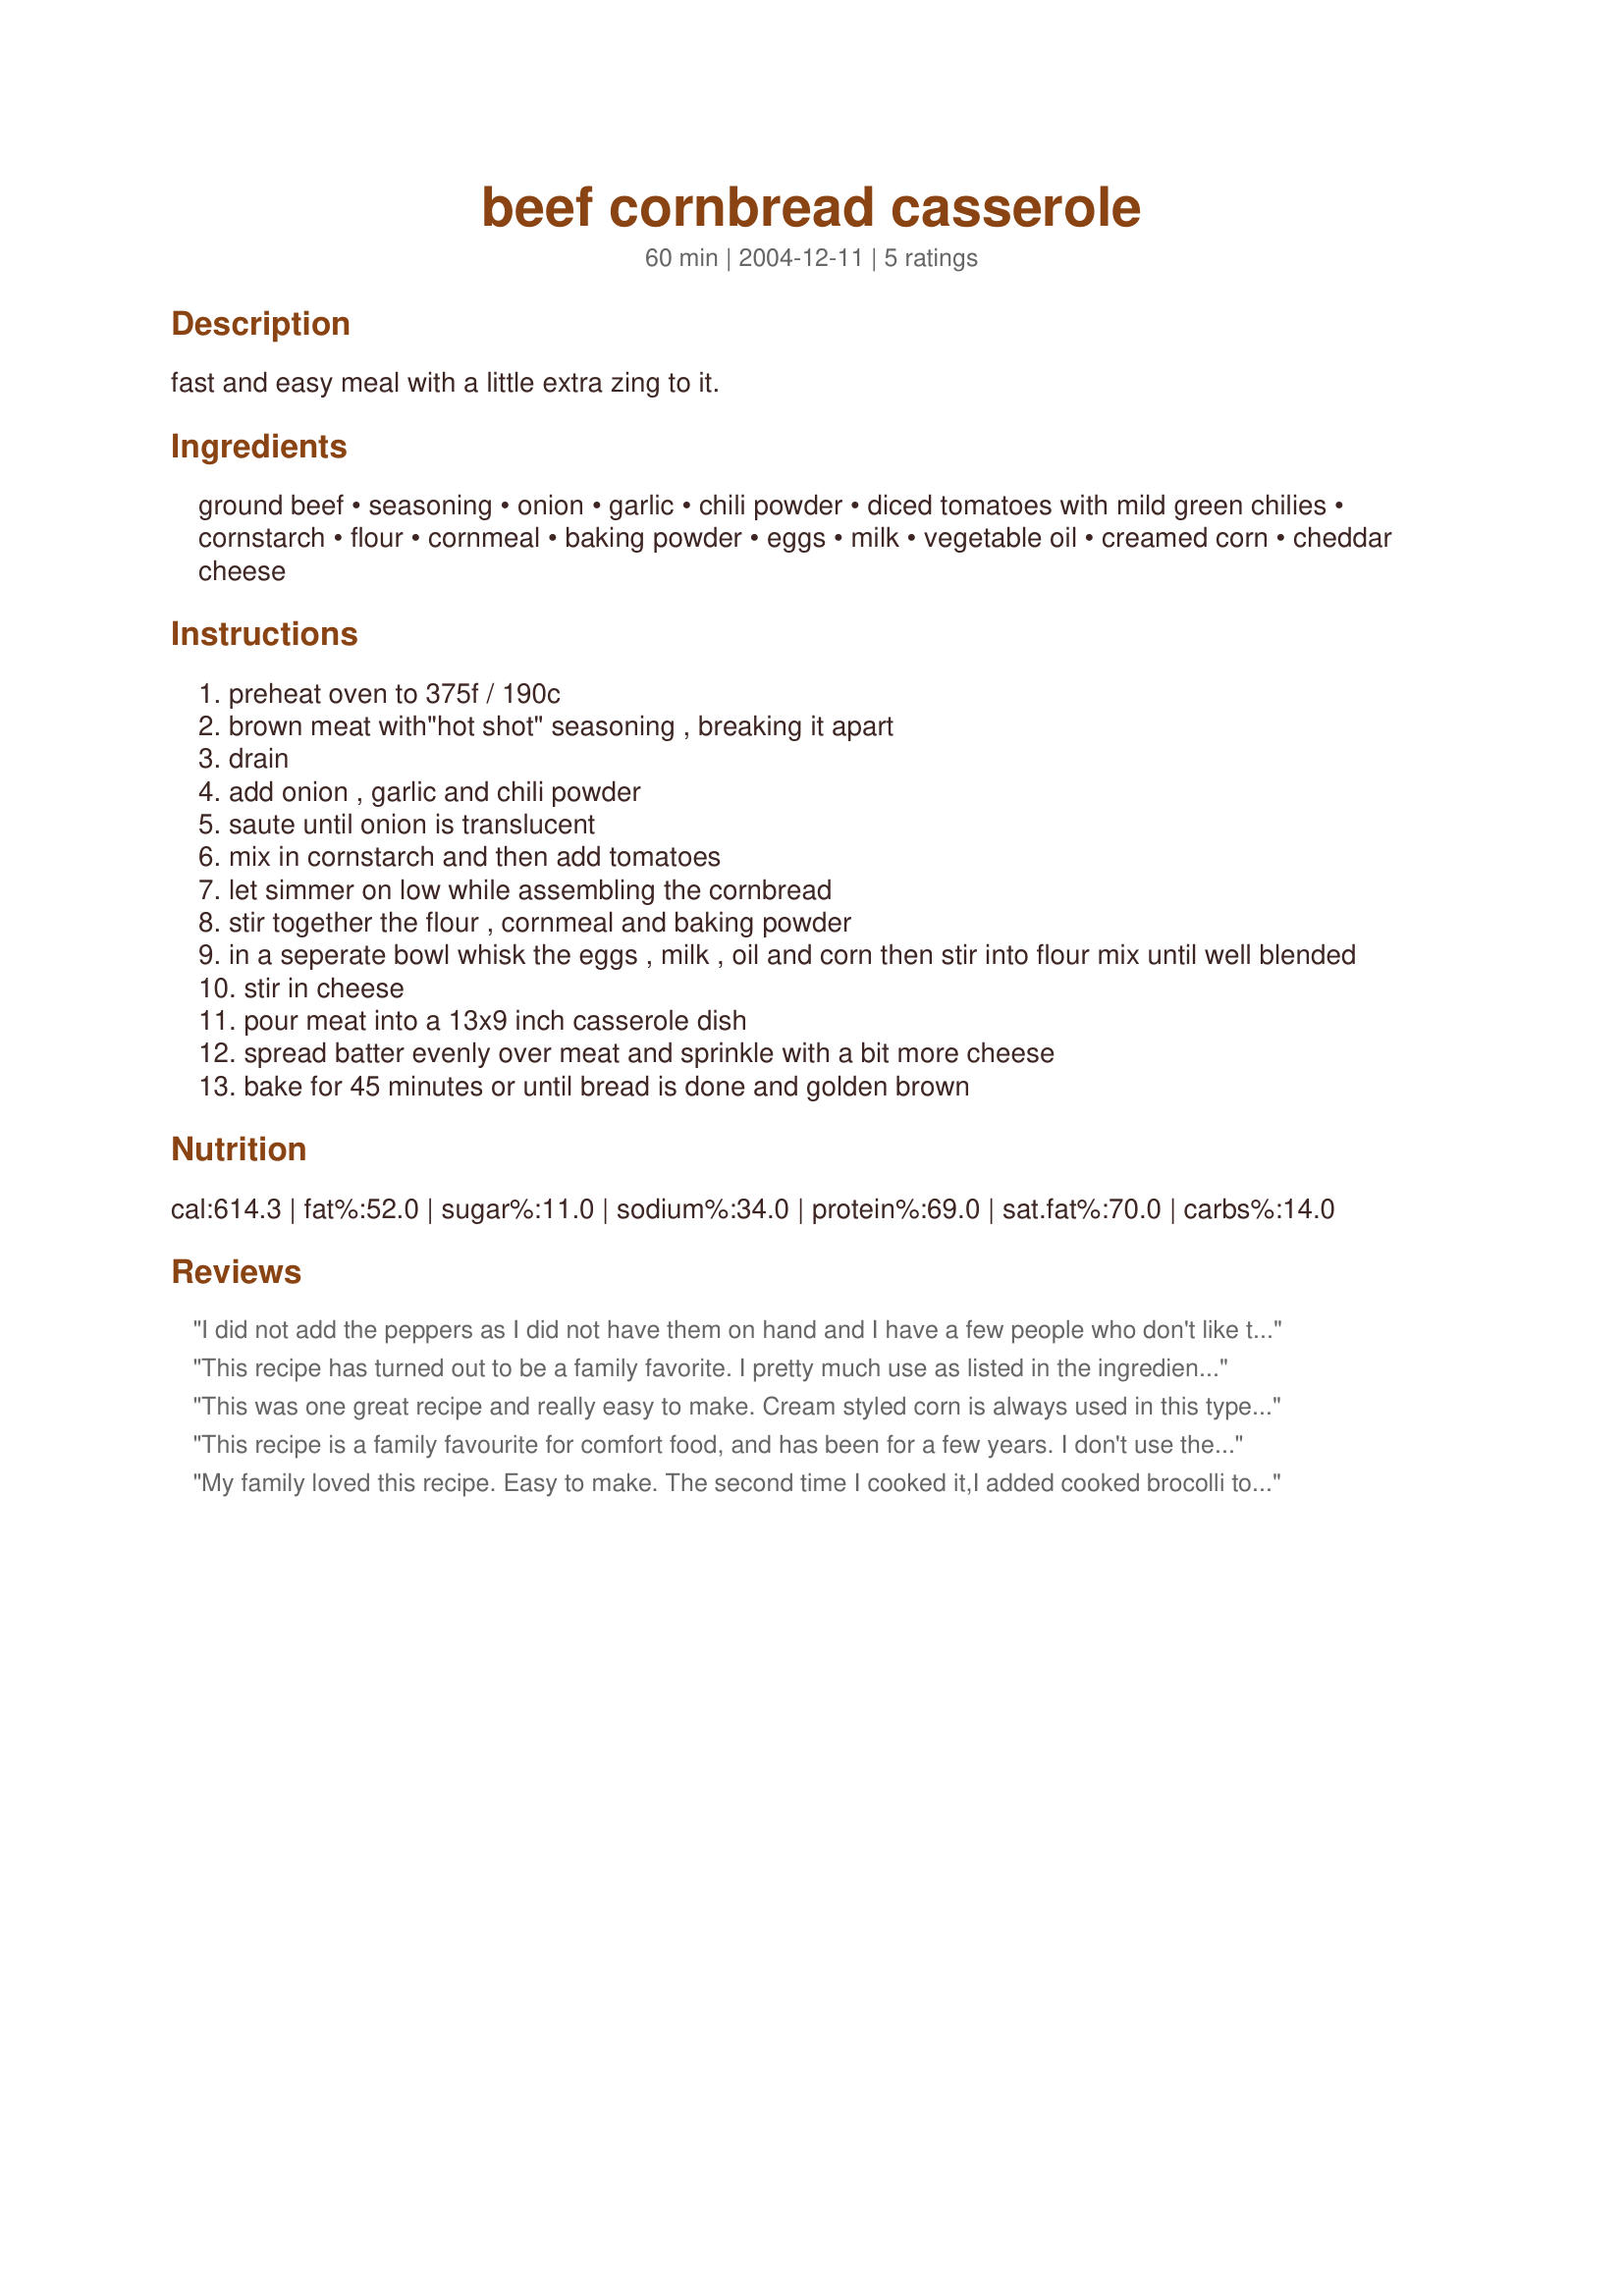
beef cornbread casserole
Preparation time: 60 minutes

fast and easy meal with a little extra zing to it.

Ingredients:
ground beef, seasoning, onion, garlic, chili powder, diced tomatoes with mild green chilies, cornstarch, flour, cornmeal, baking powder, eggs, milk, vegetable oil, creamed corn, cheddar cheese

Steps:
preheat oven to 375f / 190c
brown meat with"hot shot" seasoning , breaking it apart
drain
add onion , garlic and chili powder
saute until onion is translucent
mix in cornstarch and then add tomatoes
let simmer on low while assembling the cornbread
stir together the flour , cornmeal and baking powder
in a seperate bowl whisk the eggs , milk , oil and corn then stir into flour mix until well blended
stir in cheese
pour meat into a 13x9 inch casserole dish
spread batter evenly over meat and sprinkle with a bit more cheese
bake for 45 minutes or until bread is done and golden brown

Reviews:
I did not add the peppers as I did not have them on hand and I have a few people who don't like too "hot"..Overall, very tasty, but the cornbread mix seemed to lack some moisture. I cooked 5 minutes less than suggested but it still seemed a little dry...maybe add sour cream and regular corn instead of the creamed corn?
This recipe has turned out to be a family favorite. I pretty much use as listed in the ingredients for the recipe, but have made changes if I didn't have the right ingredients on hand. It has always turned out great. Thank you!
This was one great recipe and really easy to make. Cream styled corn is always used in this type of recipe and I followed your's to a T. 


This recipe is a family favourite for comfort food, and has been for a few years. I don't use the cornstarch in the meat, and usually substitute the flour with cornmeal or cornflour. As other reviewers suggest, ingredients can be added and substituted with ease. Thanks!
My family loved this recipe. Easy to make. The second time I cooked it,I added cooked brocolli to it. It was outstanding. Thanks. eschruff
